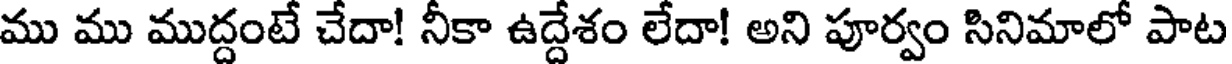
ము ము ముద్దంటే చేదా! నీకా ఉద్దేశం లేదా! అని పూర్వం సినిమాలో పాట